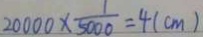
2 0 0 0 0 \times \frac { 1 } { 5 0 0 0 } = 4 ( c m )